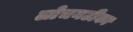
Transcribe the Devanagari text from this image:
लोचनटीका